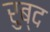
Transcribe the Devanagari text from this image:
रुब्द